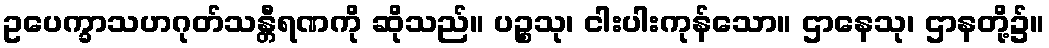
ဥပေက္ခာသဟဂုတ်သန္တီရဏကို ဆိုသည်။ ပဉ္စသု၊ ငါးပါးကုန်သော။ ဌာနေသု၊ ဌာနတို့၌။